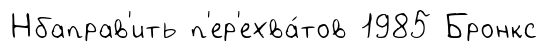
Нбаправ'ить п'ер'ехва́тов 1985 Бронкс